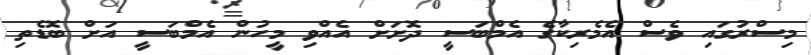
މިސްރުގައި ވެސް އެމެރިކާގެ އެމްބަސީ ދޮށަށް އެއްވި މީހުން އެމްބަސީ އަށް ބޮޑެތި